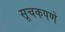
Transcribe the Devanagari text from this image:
सूचकपणे